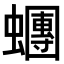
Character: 𧓘